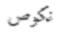
نكوص